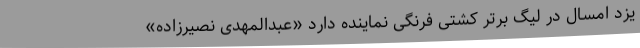
یزد امسال در لیگ برتر کشتی فرنگی نماینده دارد «عبدالمهدی نصیرزاده»